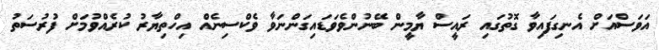
އަވަސްއަށް އެނގިފައިވާ ގޮތުގައި ރައީސް ޔާމީން ބޭނުންވެވަޑައިގަންނަވާ ވެކްސިނެއް އިހްތިޔާރު ކުރެއްވުމަށް ފުރުސަތު